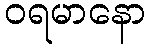
ဝရမာနော